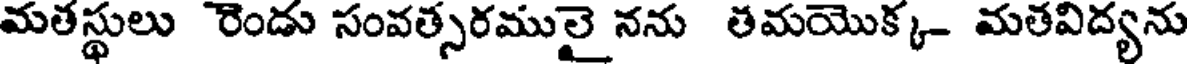
మతస్థులు రెండు సంవత్సరములై నను తమయొక్క- మతవిద్యను